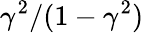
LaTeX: \gamma^{2}/(1-\gamma^{2})